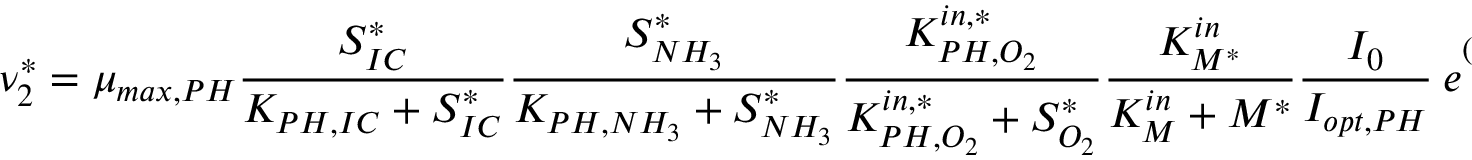
\nu _ { 2 } ^ { * } = \mu _ { m a x , P H } \frac { S _ { I C } ^ { * } } { K _ { P H , I C } + S _ { I C } ^ { * } } \frac { S _ { N H _ { 3 } } ^ { * } } { K _ { P H , N H _ { 3 } } + S _ { N H _ { 3 } } ^ { * } } \frac { K _ { P H , O _ { 2 } } ^ { i n , * } } { K _ { P H , O _ { 2 } } ^ { i n , * } + S _ { O _ { 2 } } ^ { * } } \frac { K _ { M ^ { * } } ^ { i n } } { K _ { M } ^ { i n } + M ^ { * } } \frac { I _ { 0 } } { I _ { o p t , P H } } \ e ^ { ( 1 - \frac { I _ { 0 } } { I _ { o p t } } ) } \psi _ { P H } ^ { * }